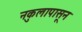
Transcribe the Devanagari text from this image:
नकुलापासून